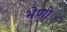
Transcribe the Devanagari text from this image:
भेणी